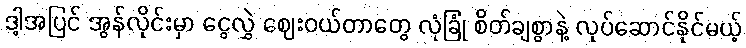
ဒါ့အပြင် အွန်လိုင်းမှာ ငွေလွှဲ ဈေးဝယ်တာတွေ လုံခြုံ စိတ်ချစွာနဲ့ လုပ်ဆောင်နိုင်မယ့်